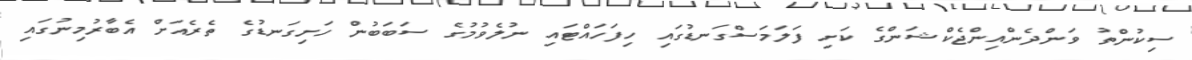
ސިކުންތު ވަންދެންއިންޖެކްޝަންގެ ކަށި ފަލަމަސްގަނޑުގައި ހިފަހައްޓައި ނުލެވުމުގެ ސަބަބުން ހަށިގަނޑުގެ ތެރެއަށް އެބާރުމިނުގައި